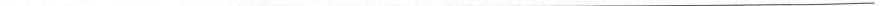
___